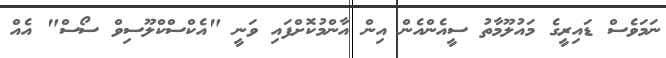
ނަމަވެސް ޑައިރީގެ މައުލޫމާތު ސީއެންއެން އިން އާންމުކޮށްފައި ވަނީ "އެކްސްކްލޫސިވް ސޯސް" އެއް